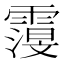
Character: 𮦬